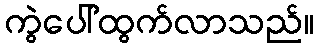
ကွဲပေါ်ထွက်လာသည်။